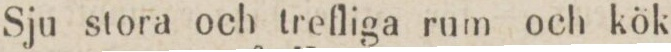
Sju stora och trefliga rum och kök